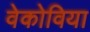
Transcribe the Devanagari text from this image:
वेकोविया